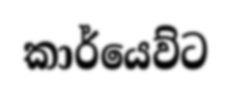
කාර්යෙව්ට